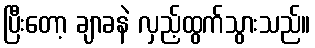
ပြီးတော့ ချာခနဲ လှည့်ထွက်သွားသည်။